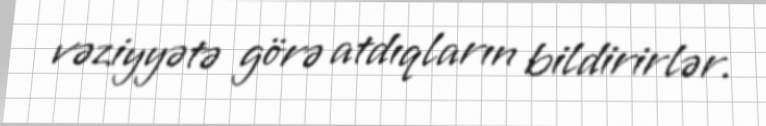
vəziyyətə görə atdıqların bildirirlər.